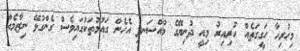
މިހުރިހާ ހަގީގަތެއް ހުރިއިރު މިއީ ދުނިޔޭގެ މުއްސަނދި އެހެން ގައުމުތަކުގައިވެސް ގެންގުޅޭ ނިޒާމެއް